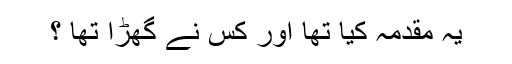
یہ مقدمہ کیا تھا اور کس نے گھڑا تھا ؟